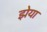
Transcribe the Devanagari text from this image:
झेया